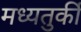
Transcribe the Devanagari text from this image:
मध्यतुर्की